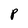
Character: P